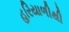
હરિયાળીથી